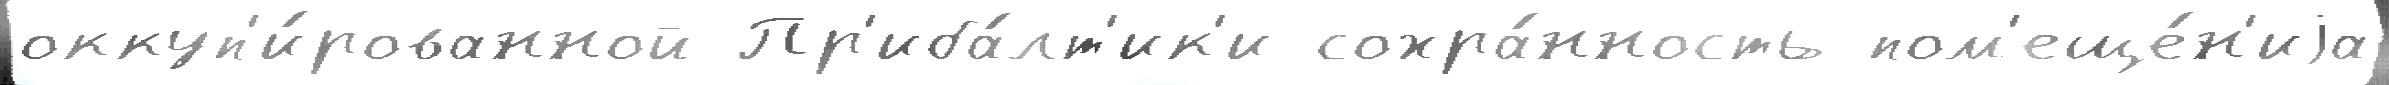
оккуп'и́рованной Пр'иба́лт'ик'и сохра́нность пом'еще́н'иjа